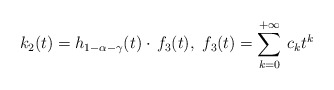
\begin{align*}k_2(t) = h_{1-\alpha-\gamma}(t) \cdot \, f_3(t),\ f_3(t)=\sum_{k=0}^{+\infty}\, c_k t^k \end{align*}